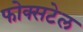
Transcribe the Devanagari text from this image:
फोक्सटेल